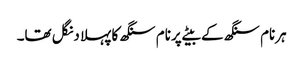
ہرنام سنگھ کے بیٹے پرنام سنگھ کا پہلا دنگل تھا۔